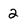
Character: 2